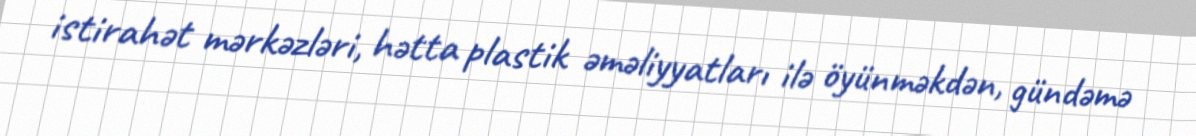
istirahət mərkəzləri, hətta plastik əməliyyatları ilə öyünməkdən, gündəmə